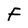
Character: F